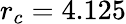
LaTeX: r_{c}=4.125